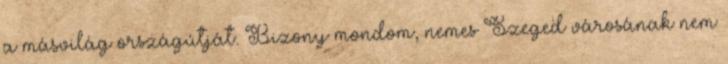
a másvilág országútját. Bizony mondom, nemes Szeged városának nem